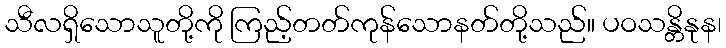
သီလရှိသောသူတို့ကို ကြည့်တတ်ကုန်သောနတ်တို့သည်။ ပဝသန္တိနုန၊